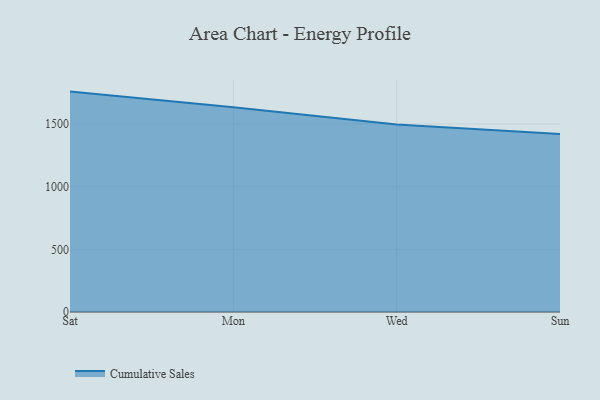
{"axis": {"x": "Day", "y": "Active Users"}, "legend": ["Cumulative Sales"], "data": [{"x": "Sat", "y": 1757.8, "type": "Cumulative Sales"}, {"x": "Mon", "y": 1632.1, "type": "Cumulative Sales"}, {"x": "Wed", "y": 1494.5, "type": "Cumulative Sales"}, {"x": "Sun", "y": 1420.2, "type": "Cumulative Sales"}]}